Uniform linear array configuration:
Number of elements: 64
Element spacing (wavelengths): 0.75
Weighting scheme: uniform
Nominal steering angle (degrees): -45
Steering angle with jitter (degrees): -46.778
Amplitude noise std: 0.05
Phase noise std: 0.05

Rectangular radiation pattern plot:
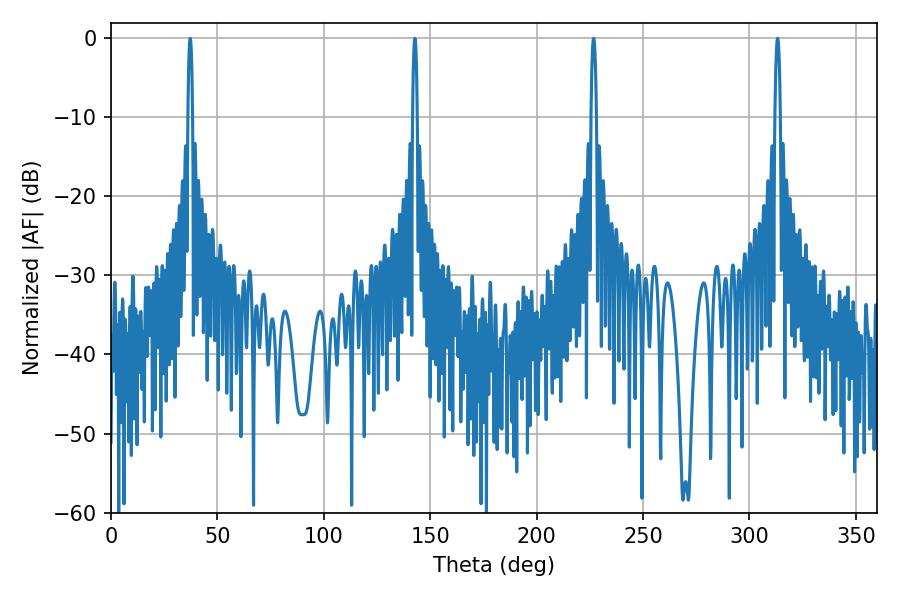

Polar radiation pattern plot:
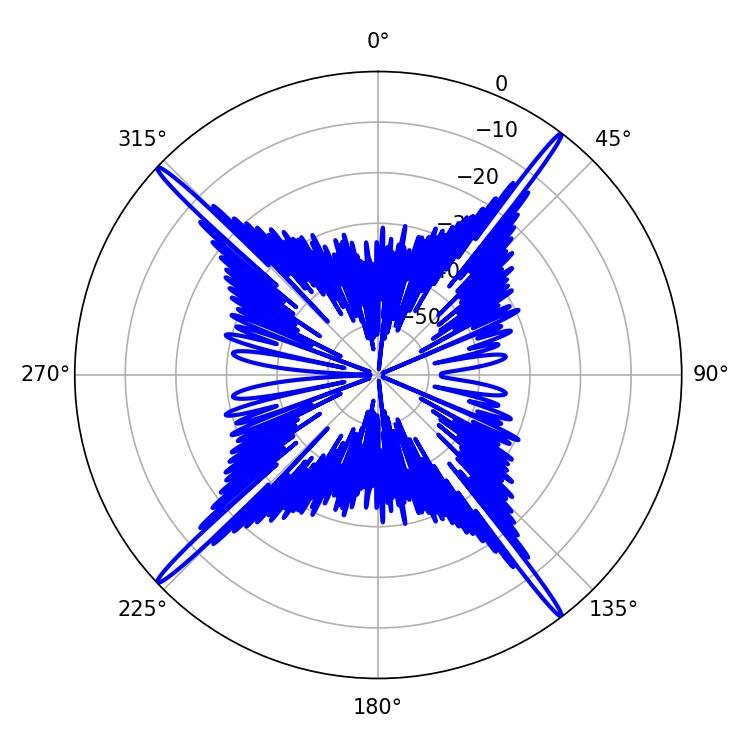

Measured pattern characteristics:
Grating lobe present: TRUE
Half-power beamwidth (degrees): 1.44
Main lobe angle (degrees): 226.8